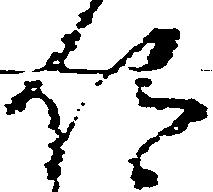
仰